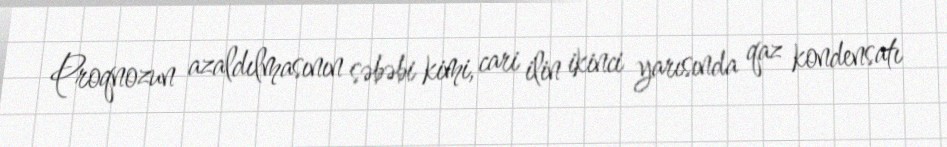
Proqnozun azaldılmasının səbəbi kimi, cari ilin ikinci yarısında qaz kondensatı